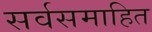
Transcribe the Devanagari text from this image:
सर्वसमाहित